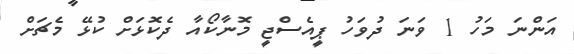
އަންނަ މަހު 1 ވަނަ ދުވަހު ޕީއެސްޖީ މޮނާކޯއާ ދެކޮޅަށް ކުޅޭ މެޗަށް